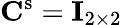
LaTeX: \mathbf{C}^{\mathrm{s}}=\mathbf{I}_{2\times 2}